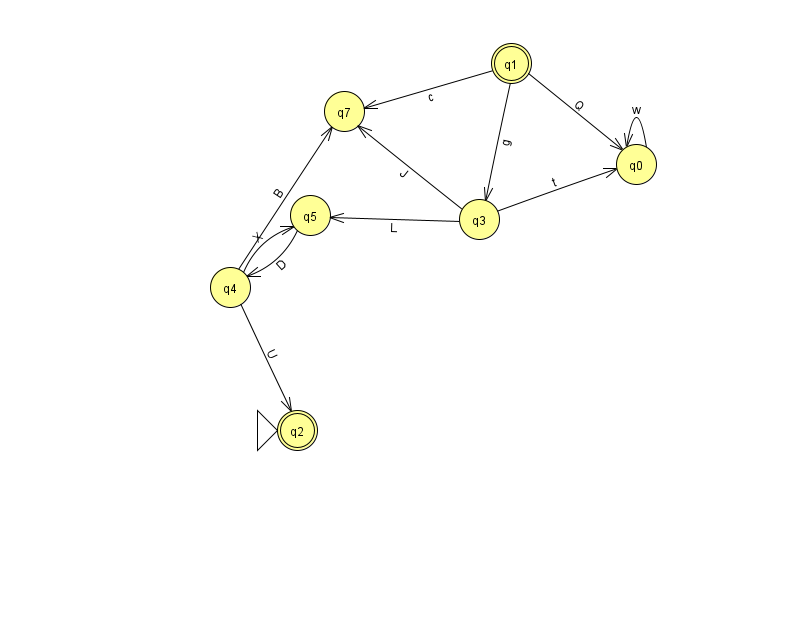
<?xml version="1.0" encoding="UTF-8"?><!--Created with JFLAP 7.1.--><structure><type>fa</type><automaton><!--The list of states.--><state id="0" name="q0"><x>636.0</x><y>151.0</y></state><state id="1" name="q1"><x>511.0</x><y>50.0</y><final/></state><state id="2" name="q2"><x>297.0</x><y>417.0</y><initial/><final/></state><state id="3" name="q3"><x>479.0</x><y>206.0</y></state><state id="4" name="q4"><x>230.0</x><y>274.0</y></state><state id="5" name="q5"><x>310.0</x><y>202.0</y></state><state id="7" name="q7"><x>344.0</x><y>98.0</y></state><!--The list of transitions.--><transition><from>4</from><to>7</to><read>B</read></transition><transition><from>5</from><to>4</to><read>D</read></transition><transition><from>0</from><to>0</to><read>w</read></transition><transition><from>1</from><to>0</to><read>Q</read></transition><transition><from>3</from><to>7</to><read>J</read></transition><transition><from>4</from><to>5</to><read>X</read></transition><transition><from>1</from><to>3</to><read>g</read></transition><transition><from>4</from><to>2</to><read>U</read></transition><transition><from>1</from><to>7</to><read>c</read></transition><transition><from>3</from><to>0</to><read>t</read></transition><transition><from>3</from><to>5</to><read>L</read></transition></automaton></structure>